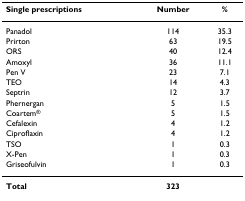
<table><thead><tr><td><b>Single prescriptions</b></td><td><b>Number</b></td><td><b>%</b></td></tr></thead><tbody><tr><td>Panadol</td><td>114</td><td>35.3</td></tr><tr><td>Prirton</td><td>63</td><td>19.5</td></tr><tr><td>ORS</td><td>40</td><td>12.4</td></tr><tr><td>Amoxyl</td><td>36</td><td>11.1</td></tr><tr><td>Pen V</td><td>23</td><td>7.1</td></tr><tr><td>TEO</td><td>14</td><td>4.3</td></tr><tr><td>Septrin</td><td>12</td><td>3.7</td></tr><tr><td>Phernergan</td><td>5</td><td>1.5</td></tr><tr><td>Coartem<sup>®</sup></td><td>5</td><td>1.5</td></tr><tr><td>Cefalexin</td><td>4</td><td>1.2</td></tr><tr><td>Ciproflaxin</td><td>4</td><td>1.2</td></tr><tr><td>TSO</td><td>1</td><td>0.3</td></tr><tr><td>X-Pen</td><td>1</td><td>0.3</td></tr><tr><td>Griseofulvin</td><td>1</td><td>0.3</td></tr><tr><td><b>Total</b></td><td><b>323</b></td><td></td></tr></tbody></table>